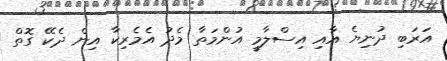
އަރަބި ދުނިޔެ އާއި އިސްލާމީ އުންމަތާ މެދު އެމެރިކާ އިން ދެކޭ ގޮތް